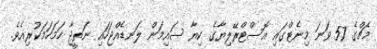
މެޗްގެ 57 ވަނަ މިނެޓްގައި އޮސްޓްރޭލިޔާގެ ކިޔާ ސައިމަން ލަނޑެއްޖަހައި ނަތީޖާ ހަމަހަމަކުރިއެވެ.